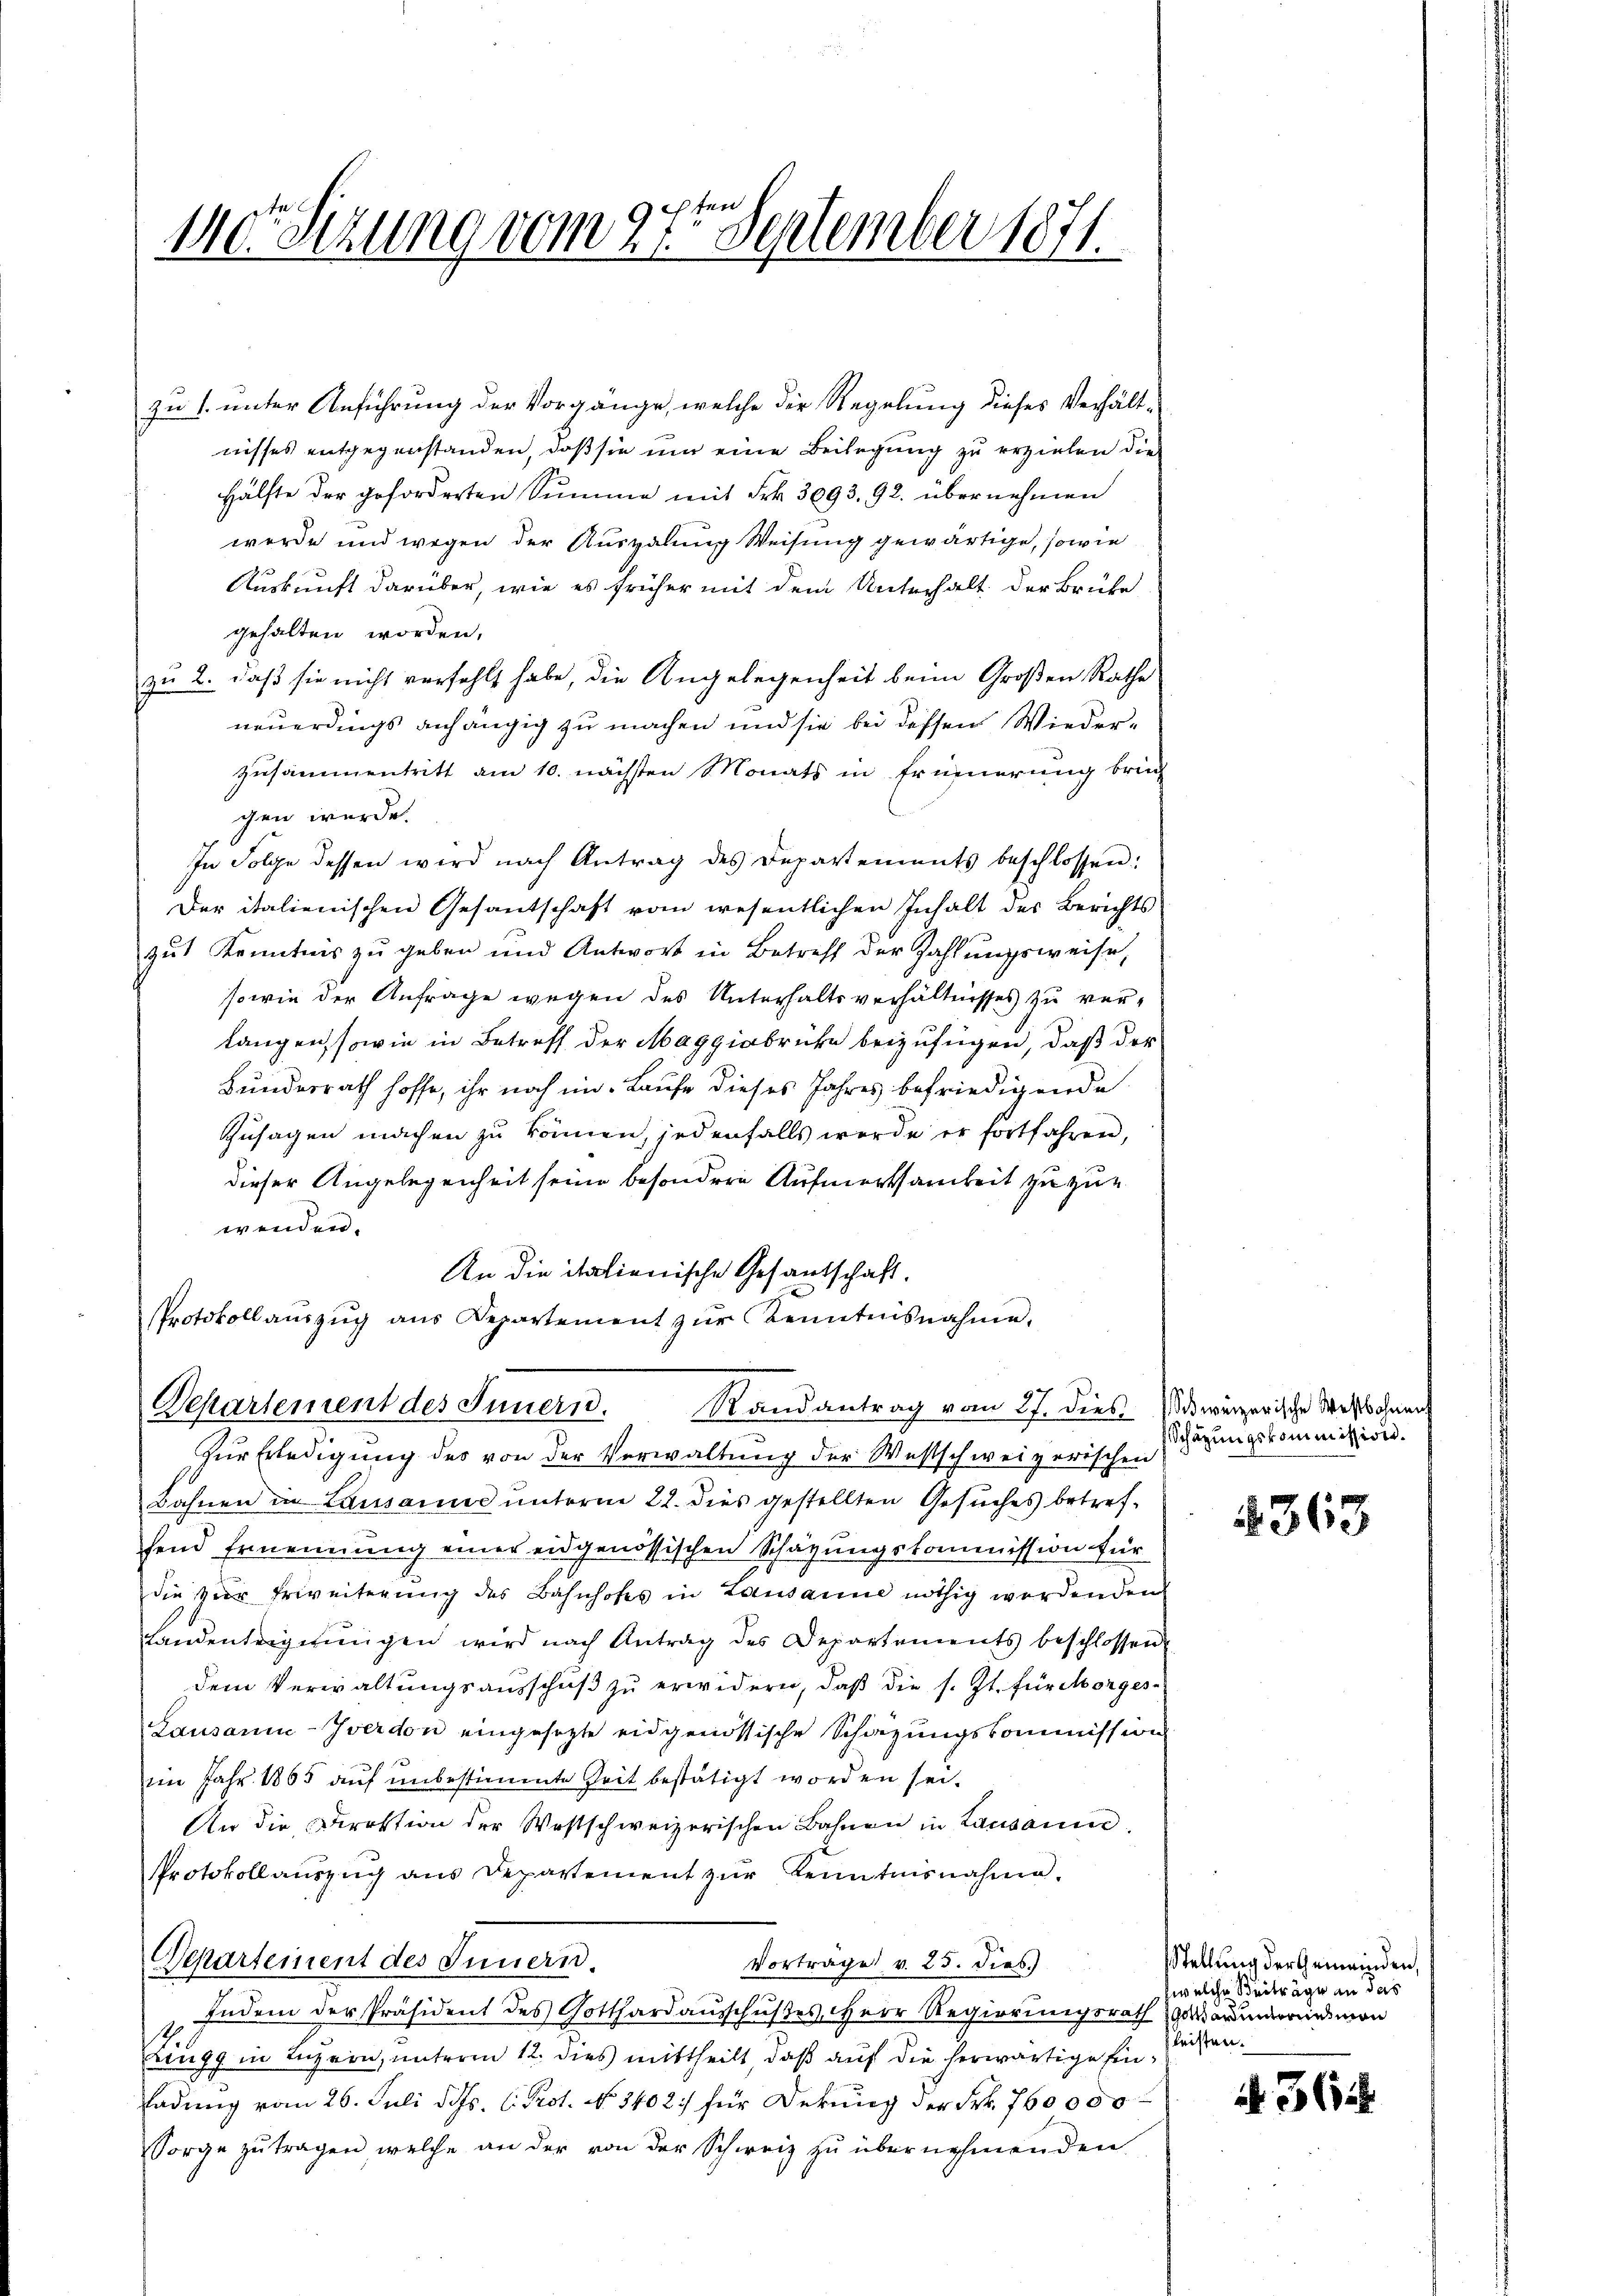
fer
110r Sitzung vom 27. September 1871

zu 1. unter Anführung der Vorgange, welche der Regelung dieses Verhältnisses entgegenstanden, daß sie um eine Beilegung zu erziehen die
Hälfte der geforderten Summe mit Frk. 3093. 92. übernehmen
werde und wegen der Auszalung Weisung gewärtige, sowie
Auskunft darüber, wie es früher mit dem Unterhalt der Brüte
gehalten worden,
zu 2. daß sie nicht verfehlt habe, die Angelegenheit beim Großen Rathe
neuerdings anhängig zu machen und sie bei dessen Wiederzusammentritt am 10. nächsten Monats in Erinnerung brich
gen würde.
In Folge dessen wird nach Antrag des Departements beschlossen:
Der italienischen Gesantschaft vom wesentlichen Inhalt des Berichts
gut Kenntnis zu geben und Antwort in Betreff der Zahlungsweise,
sowie der Anfrage wegen des Unterhaltsverhältnisses zu verlangen, sowie in Betreff der Maggiabrücke beizufügen, daß der
Bundesrath hoffe, ihr noch im Laufe dieses Jahres befriedigende
Zusagen machen zu können, jedenfalls werde er fortfahren,
dieser Angelegenheit seine besondere Aufmerksamkeit zu zue
wenden.
An die italienische Gesantschaft.
PProtokollauszug aus Departement zur Kenntnisnahme.
Departement des Innern. Randantrag vom 27. dies (weizerische rechts dann
Zur Erledigung des von der Verwaltung der Westschweizerischen
Bähnen in Lausanne unterm 22. dies gestellten Gesuches betreffend Ernennung einer eidgenössischen Schätzungskommission für
die vier Erweiterung des Bahnhofes in Lausanne nöthig werdenden
Landenteigungen wird nach Antrag des Departements beschlossen
dem Verwaltungsausschuß zu erwidern, daß die s. Zt. für Morges¬
Lausann-Iverdon eingesezte eidgenössische Schazungskommission
im Jahr 1865 auf unbestimmte Zeit bestätigt worden sei.
An die Direktion der Westschweizerischen Bahnen in Lausann
Protokollauszug aus Departement zŭr Kenntnisnahme.
Departement des Innern.
Vorträge v. 25. dies.)
Indem der Präsident des Gotthardausschußes, Herr Regierungsrath gewärmerin mon
Zingg in Luzern, unterm 12. dies mittheilt, daβ aŭf die herwärtige Einladung vom 26. Juli d. Js. C. Prot. No 1402. für Dekung der Frk. 760000
orge zutragen, welche an der von der Schweiz zu übernehmenden

Schazungskommission.

2363

Stellung der Gemeinden,
zwelche Beiträge an das
fleisten.

. 368